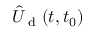
\hat { U } _ { \textrm { d } } ( t , t _ { 0 } )